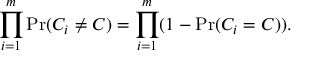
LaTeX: \prod _ { i = 1 } ^ { m } \operatorname* { P r } ( C _ { i } \neq C ) = \prod _ { i = 1 } ^ { m } ( 1 - \operatorname* { P r } ( C _ { i } = C ) ) .